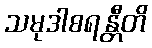
သမုဒါစရန္တီတိ